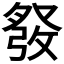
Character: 𱱸